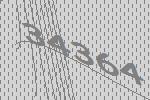
34364